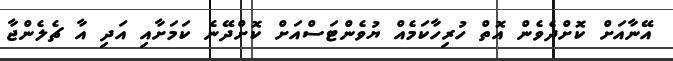
އޭނާއަށް ކޮށްދެވެން އޮތް ހުރިހާކަމެއް ޔުވެންޓަސްއަށް ކޮށްދޭނެ ކަމަށާއި އަދި އާ ޗެލެންޖާ